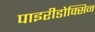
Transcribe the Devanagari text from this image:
पाइरीडोक्सिन